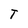
Character: T